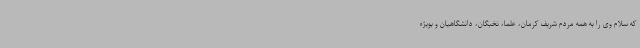
که سلام وی را به همه مردم شریف کرمان، علما، نخبگان، دانشگاهیان و بویژه